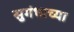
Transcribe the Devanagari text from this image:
सुगंधाच्या